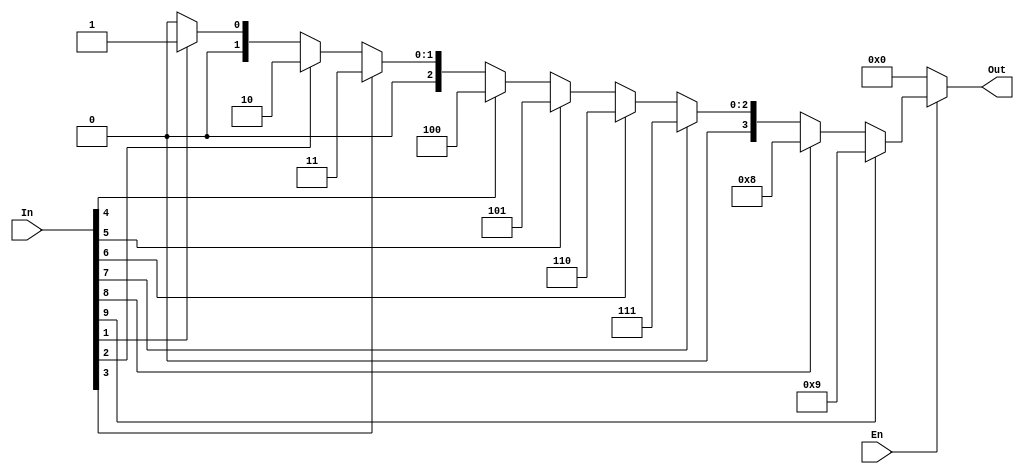
module Encoder10to4 (
    input [9:0] In,     // 10-bit input
    input En,           // Enable input
    output reg [3:0] Out // 4-bit output
);
    always @(*) begin
        if (En) begin
            case (1'b1) // Priority encoder
                In[9]: Out = 4'd9;
                In[8]: Out = 4'd8;
                In[7]: Out = 4'd7;
                In[6]: Out = 4'd6;
                In[5]: Out = 4'd5;
                In[4]: Out = 4'd4;
                In[3]: Out = 4'd3;
                In[2]: Out = 4'd2;
                In[1]: Out = 4'd1;
                In[0]: Out = 4'd0;
                default: Out = 4'd0;
            endcase
        end else begin
            Out = 4'd0; // If enable is not active, output is 0
        end
    end
endmodule

module testbech1;
    reg [9:0] In;      // 10-bit input
    reg En;            // Enable input
    wire [3:0] Out;    // 4-bit output

    // Instantiate the encoder
    Encoder10to4 test(
        .In(In),
        .En(En),
        .Out(Out)
    );

    initial begin
        // Test cases
        En = 1; In = 10'b0000000001; #10; // Input 0
        En = 1; In = 10'b0000000010; #10; // Input 1
        En = 1; In = 10'b0000000100; #10; // Input 2
        En = 1; In = 10'b0000001000; #10; // Input 3
        En = 1; In = 10'b0000010000; #10; // Input 4
        En = 1; In = 10'b0000100000; #10; // Input 5
        En = 1; In = 10'b0001000000; #10; // Input 6
        En = 1; In = 10'b0010000000; #10; // Input 7
        En = 1; In = 10'b0100000000; #10; // Input 8
        En = 1; In = 10'b1000000000; #10; // Input 9

        // Test with enable off
        En = 0; In = 10'b0000000001; #10; // Input 0 with enable off
        En = 0; In = 10'b0000000010; #10; // Input 1 with enable off
    end
endmodule